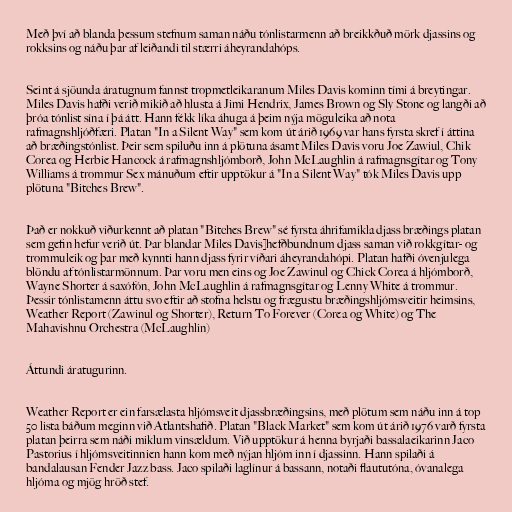
Með því að blanda þessum stefnum saman náðu tónlistarmenn að breikkðuð mörk djassins og
rokksins og náðu þar af leiðandi til stærri áheyrandahóps.

Seint á sjöunda áratugnum fannst tropmetleikaranum Miles Davis kominn tími á breytingar.
Miles Davis hafði verið mikið að hlusta á Jimi Hendrix, James Brown og Sly Stone og langði að
þróa tónlist sína í þá átt. Hann fékk líka áhuga á þeim nýja möguleika að nota
rafmagnshljóðfæri. Platan "In a Silent Way" sem kom út árið 1969 var hans fyrsta skref í áttina
að bræðingstónlist. Þeir sem spiluðu inn á plötuna ásamt Miles Davis voru Joe Zawiul, Chik
Corea og Herbie Hancock á rafmagnshljómborð, John McLaughlin á rafmagnsgítar og Tony
Williams á trommur Sex mánuðum eftir upptökur á "In a Silent Way" tók Miles Davis upp
plötuna "Bitches Brew".

Það er nokkuð viðurkennt að platan "Bitches Brew" sé fyrsta áhrifamikla djass bræðings platan
sem gefin hefur verið út. Þar blandar Miles Davis]hefðbundnum djass saman við rokkgítar- og
trommuleik og þar með kynnti hann djass fyrir víðari áheyrandahópi. Platan hafði óvenjulega
blöndu af tónlistarmönnum. Þar voru men eins og Joe Zawinul og Chick Corea á hljómborð,
Wayne Shorter á saxófón, John McLaughlin á rafmagnsgítar og Lenny White á trommur.
Þessir tónlistamenn áttu svo eftir að stofna helstu og frægustu bræðingshljómsveitir heimsins,
Weather Report (Zawinul og Shorter), Return To Forever (Corea og White) og The
Mahavishnu Orchestra (McLaughlin)

Áttundi áratugurinn.

Weather Report er ein farsælasta hljómsveit djassbræðingsins, með plötum sem náðu inn á top
50 lista báðum meginn við Atlantshafið. Platan "Black Market" sem kom út árið 1976 varð fyrsta
platan þeirra sem náði miklum vinsældum. Við upptökur á henna byrjaði bassalaeikarinn Jaco
Pastorius í hljómsveitinnien hann kom með nýjan hljóm inn í djassinn. Hann spilaði á
bandalausan Fender Jazz bass. Jaco spilaði laglínur á bassann, notaði flaututóna, óvanalega
hljóma og mjög hröð stef.